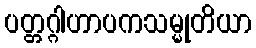
ပတ္တဂ္ဂါဟာပကသမ္မုတိယာ